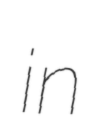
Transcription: in